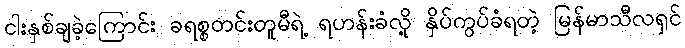
ငါးနှစ်ချခဲ့ကြောင်း ခရစ္စတင်းတူမီရဲ့ ရဟန်းခံလို့ နှိပ်ကွပ်ခံရတဲ့ မြန်မာသီလရှင်